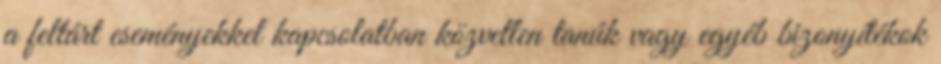
a feltárt eseményekkel kapcsolatban közvetlen tanúk vagy egyéb bizonyítékok